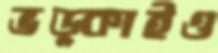
ভড়্‌কাইও